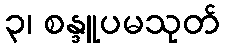
၃၊ စန္ဒူပမသုတ်